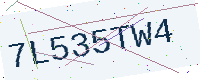
Text: 7L535TW4